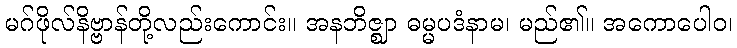
မဂ်ဖိုလ်နိဗ္ဗာန်တို့လည်းကောင်း။ အနဘိဇ္ဈာ ဓမ္မပဒံနာမ၊ မည်၏။ အကောပေါဝ၊